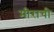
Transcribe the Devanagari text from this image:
मीराची